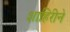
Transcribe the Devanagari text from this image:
शाहिरीने